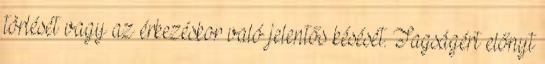
törlését vagy az érkezéskor való jelentős késését. Tagságért előnyt